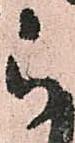
被